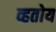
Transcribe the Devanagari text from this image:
व्हतोय